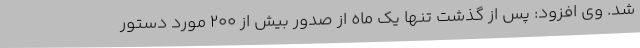
شد. وی افزود: پس از گذشت تنها یک ماه از صدور بیش از 200 مورد دستور